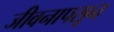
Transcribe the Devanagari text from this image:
जीवनापसून